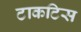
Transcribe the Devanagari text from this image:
टाकटिस